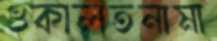
ওকালতনামা